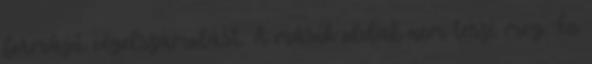
formájú végelszámolást. A másik oldal nem teszi meg. Én